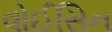
વોઈસિન